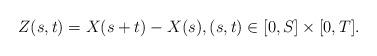
LaTeX: \begin{align*} Z(s,t)=X(s+t)-X(s),(s,t)\in[0,S]\times[0,T].\end{align*}